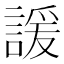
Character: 諼